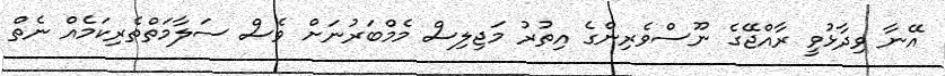
އޭނާ ވިދާޅުވީ ރާއްޖޭގެ ނޫސްވެރިންގެ އިތުރު މަޖިލިސް މެމްބަރުނަށް ވެސް ސަލާމަތްތެރިކަމެއް ނެތް